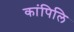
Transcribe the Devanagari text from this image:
कांपिलि